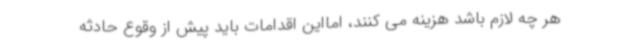
هر چه لازم باشد هزینه می کنند، امااین اقدامات باید پیش از وقوع حادثه